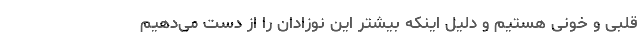
قلبی و خونی هستیم و دلیل اینکه بیشتر این نوزادان را از دست می‌دهیم